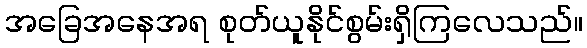
အခြေအနေအရ စုတ်ယူနိုင်စွမ်းရှိကြလေသည်။